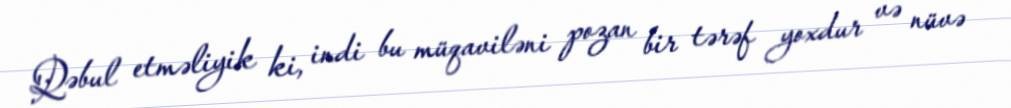
Qəbul etməliyik ki, indi bu müqaviləni pozan bir tərəf yoxdur və nüvə